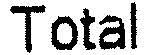
TOTAL